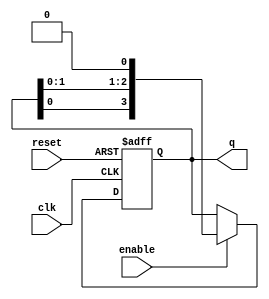
module RingCounterWithEnable (
    input wire clk,
    input wire reset,
    input wire enable,
    output reg [N-1:0] q
);

parameter N = 4; // Number of flip-flops in the ring counter

// Define internal wires and registers
reg [N-1:0] next_q;

always @(posedge clk or posedge reset) begin
    if (reset) begin
        q <= 0;
    end else begin
        if (enable) begin
            q <= next_q;
        end
    end
end

always @* begin
    next_q = q << 1; // Shift the current state left by 1
    next_q[N-1] = q[0]; // Connect the last flip-flop to the first flip-flop

    // Optionally, you can add a specific sequence
    // to the ring counter based on the requirements
    // of the application.
end

endmodule